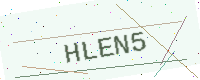
Text: HLEN5